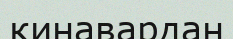
кинавардан